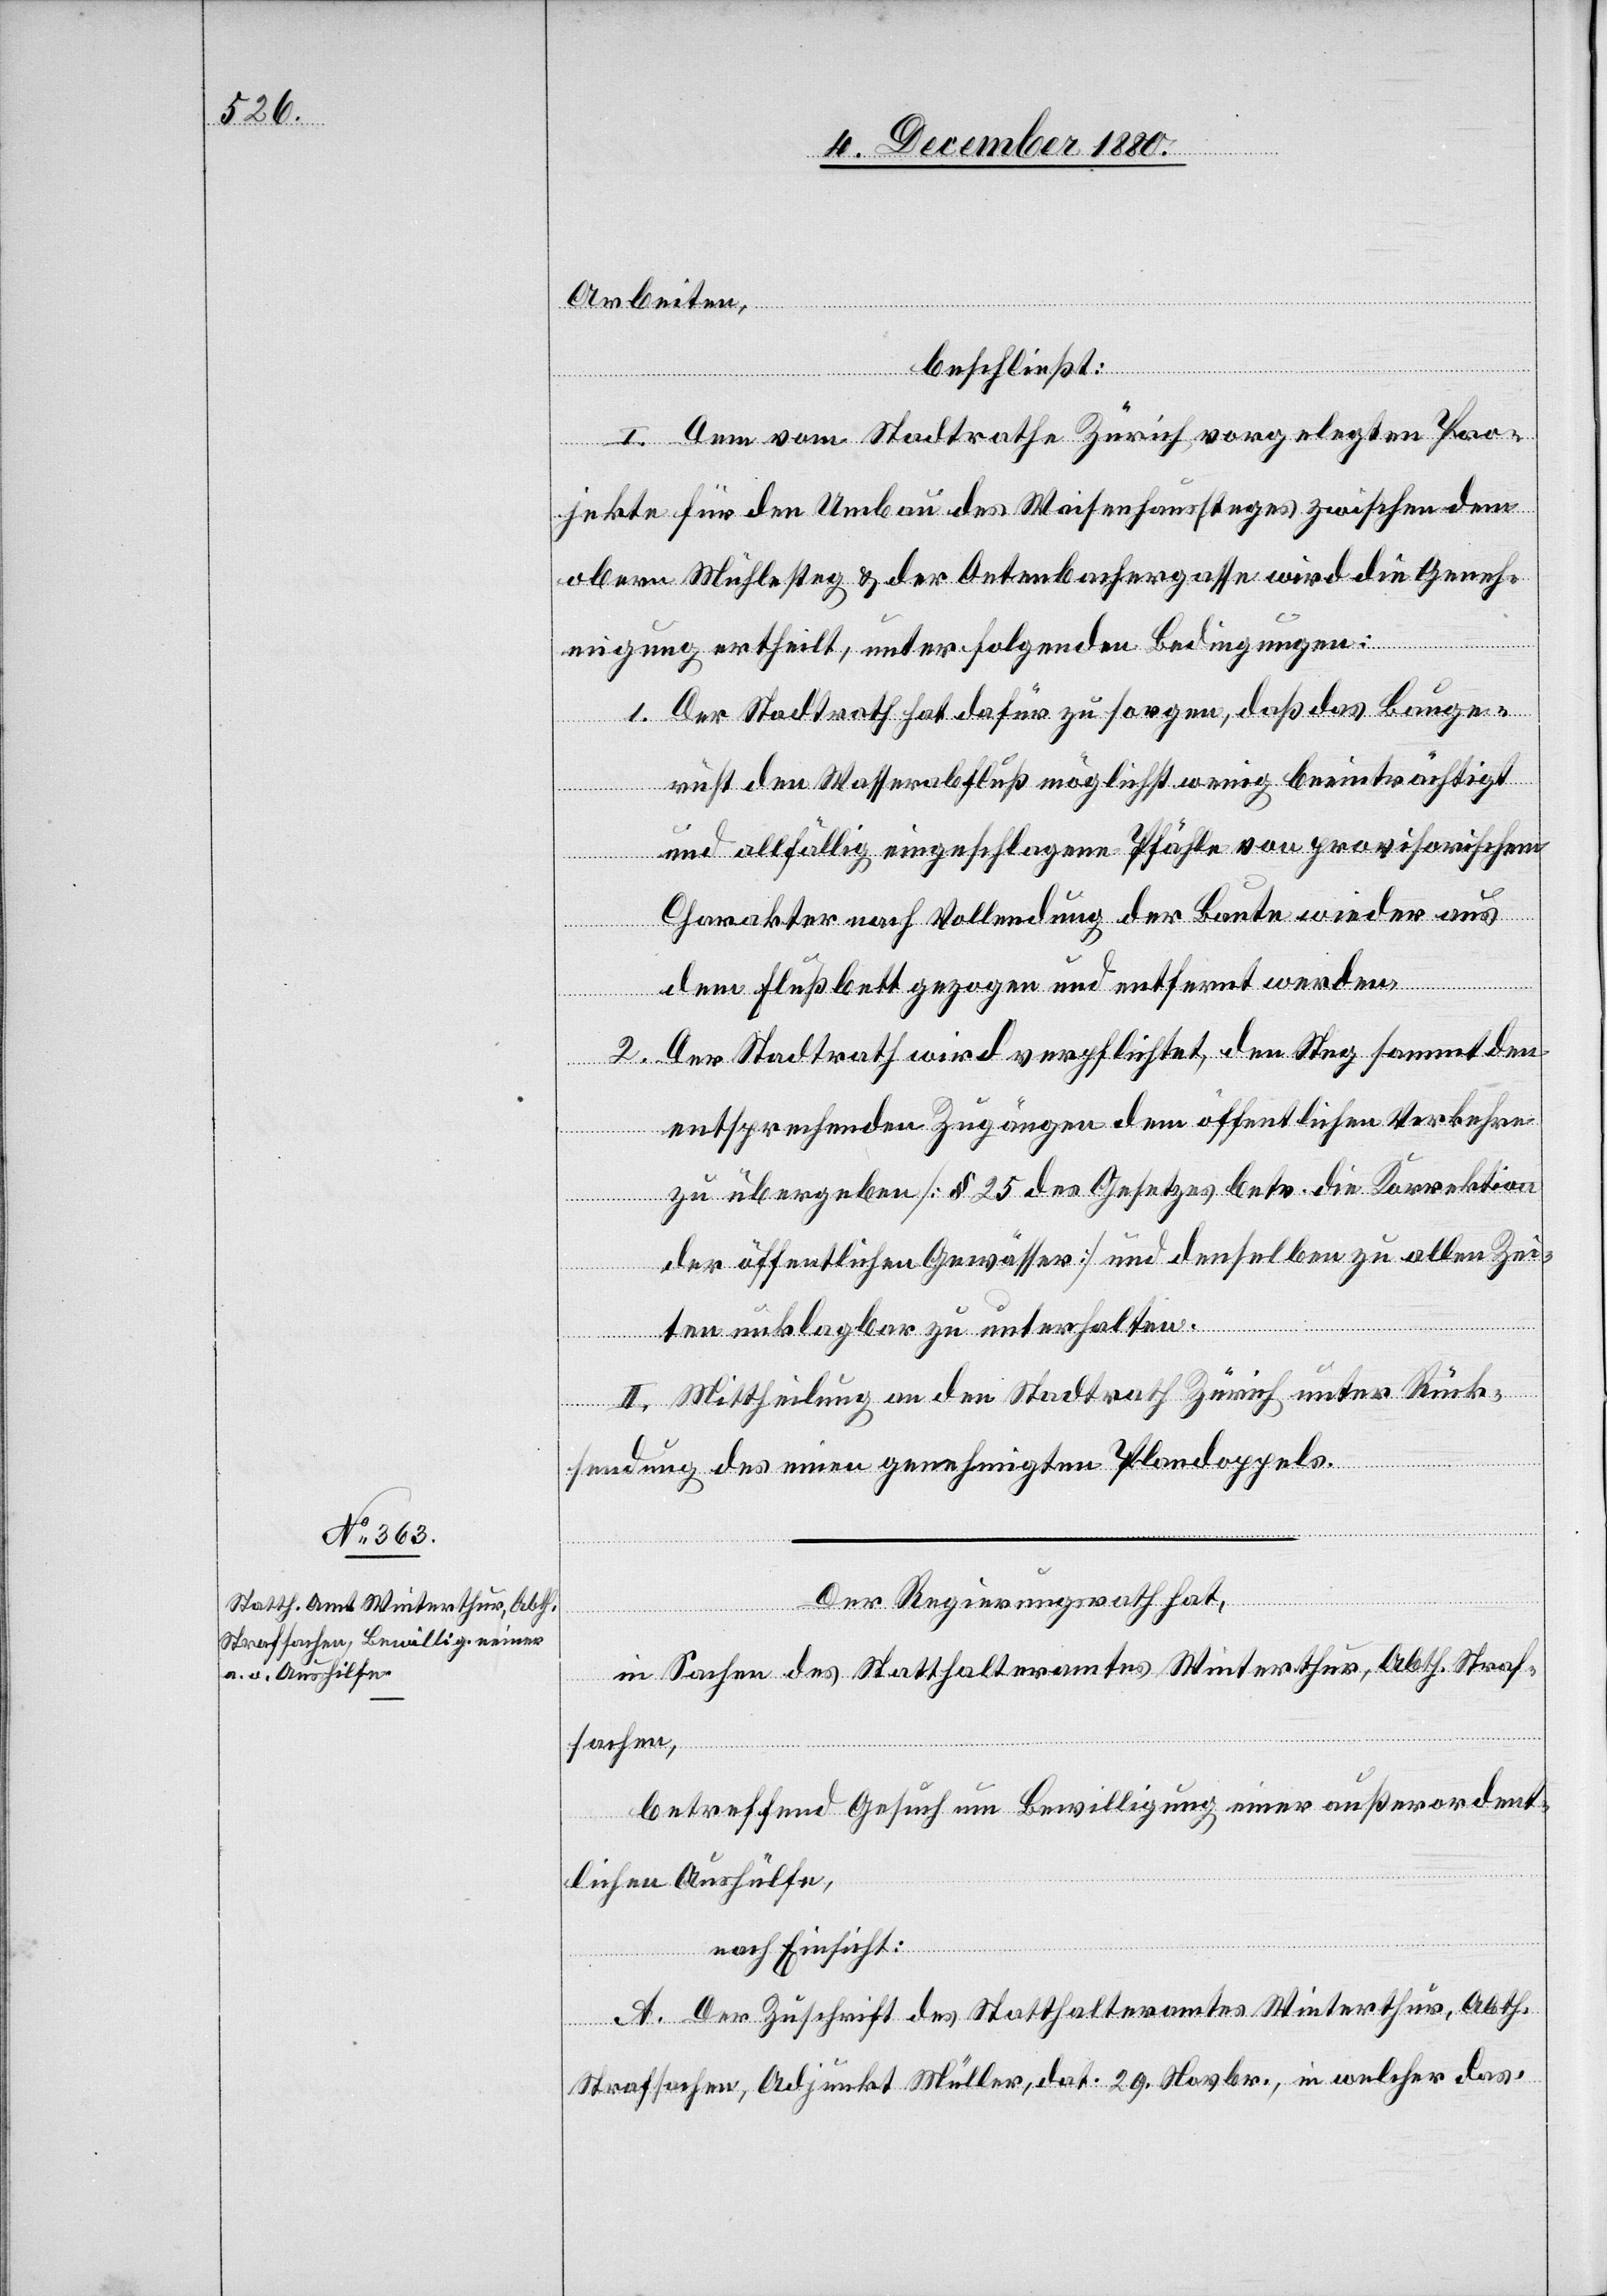
Arbeiten,
beschließt:
I. Dem vom Stadtrathe Zürich vorgelegten Pro¬
jekte für den Umbau des Waisenhaussteges zwischen dem
obern Mühlesteg & der Oetenbachergasse wird die Geneh¬
migung ertheilt, unter folgenden Bedingungen:
1. Der Stadtrath hat dafür zu sorgen, daß das Bauge¬
richt den Wasserabfluß möglichst wenig beeinträchtigt
und allfällig eingeschlagene Pfähle von provisorischem
Charakter nach Vollendung der Baute wieder aus
dem Flußbett gezogen und entfernt werden.
2. Der Stadtrath wird verpflichtet, den Steg sammt den
entsprechenden Zugängen dem öffentlichen Verkehre
zu übergeben [§ 25 des Gesetzes betr. die Korrektion
der öffentlichen Gewässer] und denselben zu allen Zei¬
ten unklagbar zu unterhalten.
II. Mittheilung an den Stadtrath Zürich unter Rück¬
sendung des einen genehmigten Plandoppels.
Der Regierungsrath hat,
in Sachen des Statthalteramtes Winterthur, Abth. Straf¬
sachen,
betreffend Gesuch um Bewilligung einer außerordent¬
lichen Aushülfe,
nach Einsicht:
A. Der Zuschrift des Statthalteramtes Winterthur, Abth.
Strafsachen, Adjunkt Müller, dat. 29. Novbr., in welcher das-